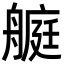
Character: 𦪅